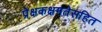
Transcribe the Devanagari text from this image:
प्रेक्षकक्षमतेसहित